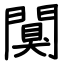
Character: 闃